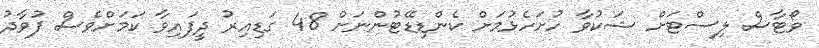
ވޯޓާސް ލިސްޓަށް ޝަކުވާ ހުށަހެޅުމަށް ކެންޑިޑޭޓުންނަށް 48 ގަޑިއިރު ދީފައިވާ ކަމަށްވެސް ފުވާދު